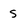
Character: S